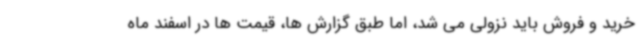
خرید و فروش باید نزولی می شد، اما طبق گزارش ها، قیمت ها در اسفند ماه